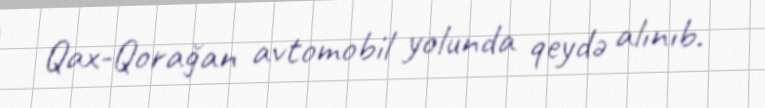
Qax-Qorağan avtomobil yolunda qeydə alınıb.